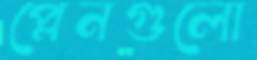
প্লেনগুলো